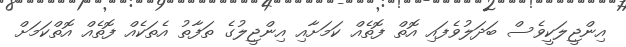
އިންޖީލަކީވެސް ބަދަލުވެފައި އޮތް ފޮތެއް ކަމަށާއި އިންޖީލުގެ ތަފާތު އެތަކެއް ފޮތެއް އޮތްކަމަށް